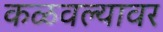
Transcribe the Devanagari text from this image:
कळवल्यावर